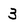
Character: 3